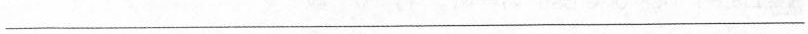
___